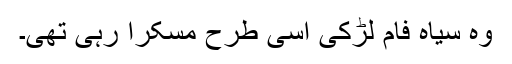
وہ سیاہ فام لڑکی اسی طرح مسکرا رہی تھی۔